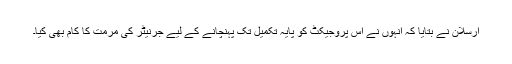
ارسلان نے بتایا کہ انہوں نے اس پروجیکٹ کو پایہ تکمیل تک پہنچانے کے لیے جرنیٹر کی مرمت کا کام بھی کیا۔